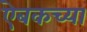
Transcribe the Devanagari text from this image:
ऐबकच्या